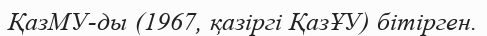
ҚазМУ-ды (1967, қазіргі ҚазҰУ) бітірген.